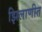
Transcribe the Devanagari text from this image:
झिलाणीत